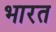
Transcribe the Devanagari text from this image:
भारत